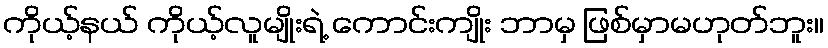
ကိုယ့်နယ် ကိုယ့်လူမျိုးရဲ့ ကောင်းကျိုး ဘာမှ ဖြစ်မှာမဟုတ်ဘူး။